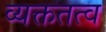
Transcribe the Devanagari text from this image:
व्यक्ततत्व